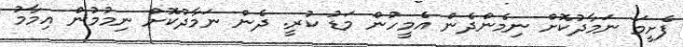
ފެށީމަ ނަމާދުކޮށް ނިމެންދެން އެމީހުން މަޑު ކުރީ. ދެން ނަމާދުކޮށް ނިމުމުން އިމާމު